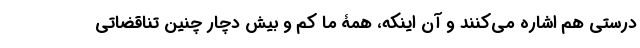
درستی هم اشاره می‌کنند و آن اینکه، همۀ ما کم و بیش دچار چنین تناقضاتی